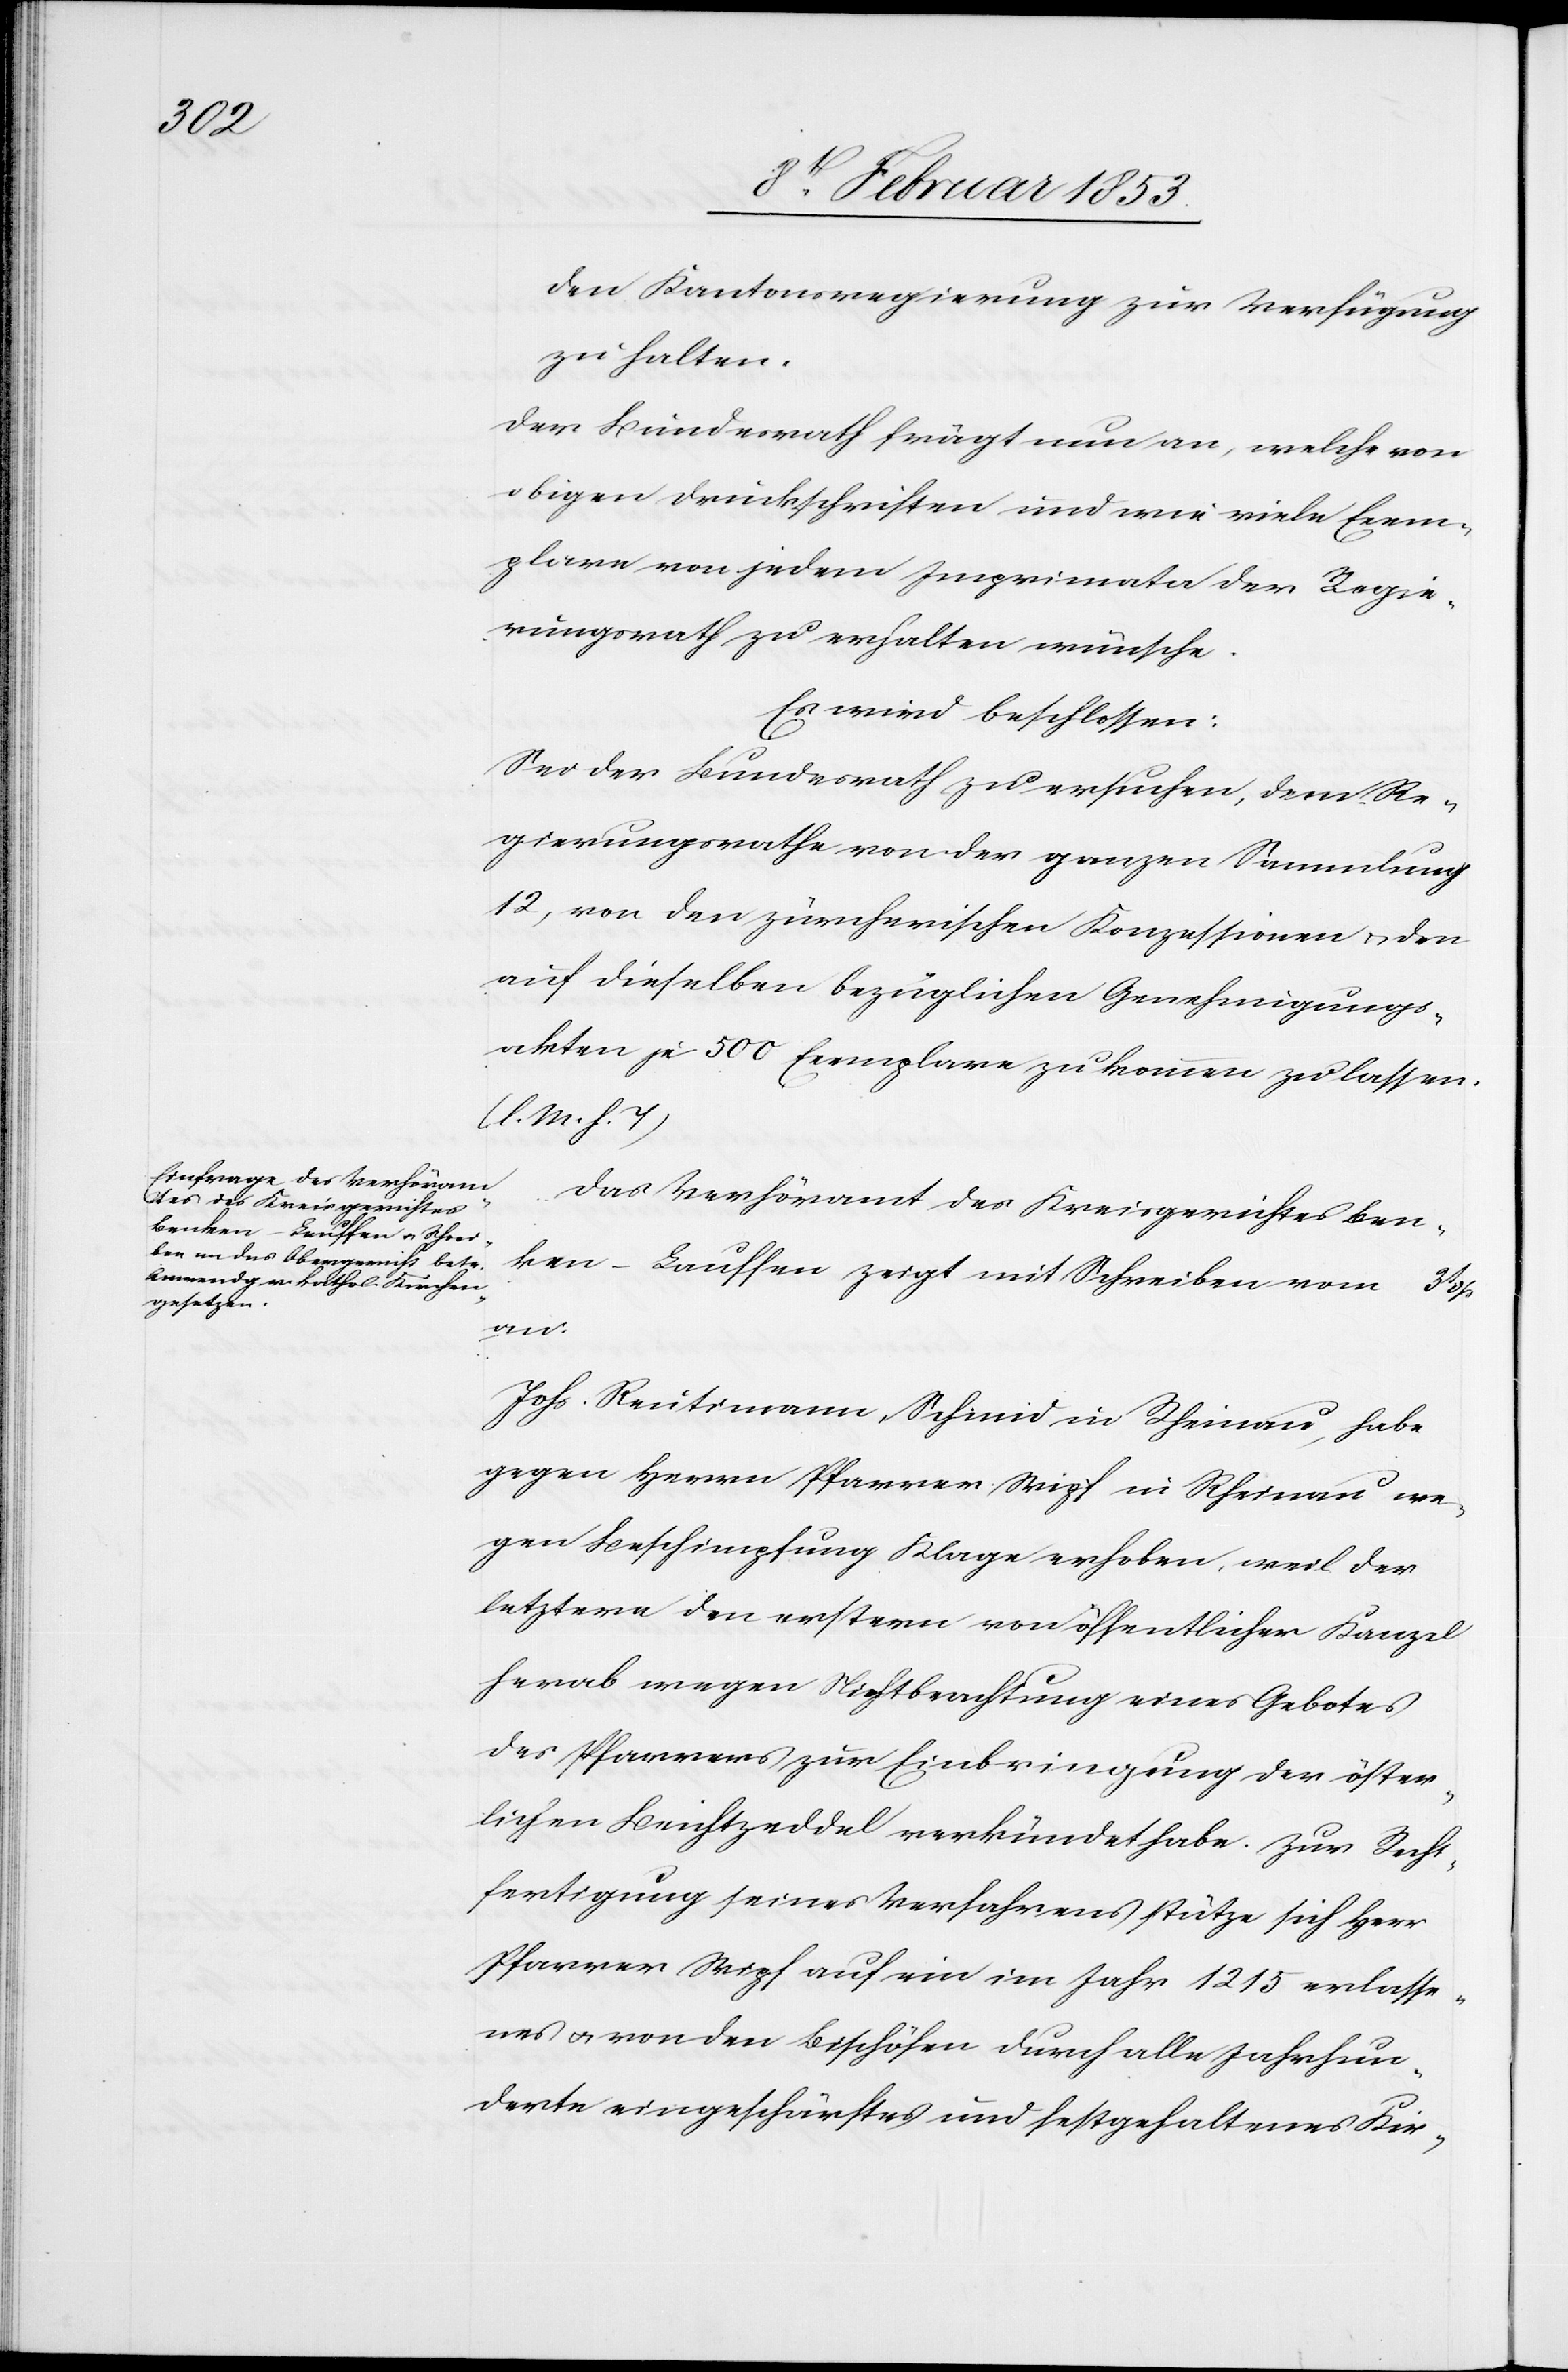
den Kantonsregierung zur Verfügung
zu halten.
Der Bundesrath frägt nun an, welche von
obigen Druckschriften und wie viele Exem¬
plare von jedem Imprimate der Regie¬
rungsrath zu erhalten wünsche.
Es wird beschlossen:
Sei der Bundesrath zu ersuchen, dem Re¬
gierungsrathe von der ganzen Sammlung
12, von den zürcherischen Konzessionen u. den
auf dieselben bezüglichen Genehmigungs¬
akten je 500 Exemplare zu kommen zu lassen.
[l. M. h. T]
Das Verhöramt des Kreisgerichtes Ben¬
ken-Lauffen zeigt mit Schreiben vom 31
an.
Johs. Reutimann, Schmid in Rheinau, habe
gegen Herrn Pfarrer Wipf in Rheinau we¬
gen Beschimpfung Klage erhoben, weil der
letztere den erstern von öffentlicher Kanzel
herab wegen Nichtbeachtung eines Gebotes
des Pfarrers zur Einbringung der öster¬
lichen Beichtzeddel verkündet habe. Zur Recht¬
fertigung seines Verfahrens stütze sich Herr
Pfarrer Wipf auf ein im Jahr 1215 erlasse¬
nes u. von den Bischöfen durch alle Jahrhun¬
derte eingeschärftes und festgehaltenes Kir-